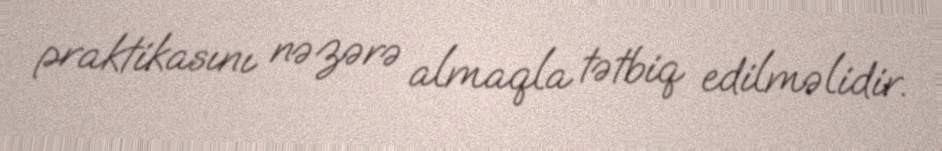
praktikasını nəzərə almaqla tətbiq edilməlidir.